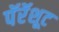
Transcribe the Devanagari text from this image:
पॅरॅशूट